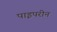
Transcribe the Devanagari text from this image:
पाइपरीन